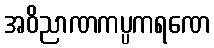
အဝိညာဏကပ္ပကရဏေ